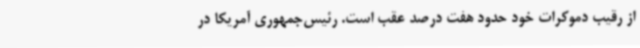
از رقیب دموکرات خود حدود هفت درصد عقب است. رئیس‌جمهوری آمریکا در